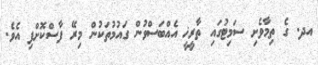
އދ. ގެ ތިމާވެށި ސަމިޓުގައި ތާރީޚީ އެއްބަސްވުން ގައުމުތަކުން މިރޭ ފާސްކޮށްފި އެވެ.